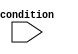
module IfElseBlock (
    input condition,
    // Add other input signals here
    // Add output signals here
);

    // Add internal signals here if necessary

    // If-Else block
    always @*
    begin
        if (condition)
        begin
            // Execute statements for If block
        end
        else
        begin
            // Execute statements for Else block
        end
    end

    // Add additional If-Else constructs here if needed

endmodule